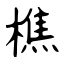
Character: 樵